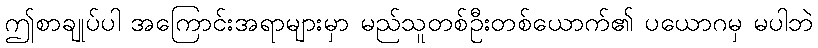
ဤစာချုပ်ပါ အကြောင်းအရာများမှာ မည်သူတစ်ဦးတစ်ယောက်၏ ပယောဂမှ မပါဘဲ